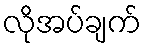
လိုအပ်ချက်